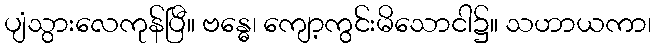
ပျံသွားလေကုန်ပြီ။ ဗန္ဓေ၊ ကျော့ကွင်းမိသောငါ၌။ သဟာယကာ၊